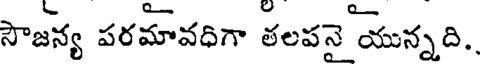
సౌజన్య పరమావధిగా తలపనై యున్నది.